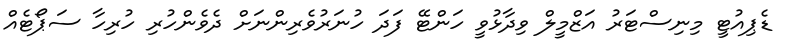
ޑެޕިއުޓީ މިނިސްޓަރު އަޒްމީލް ވިދާޅުވީ ހަންޓޭ ފަދަ ހުނަރުވެރިންނަށް ދެވެންހުރިި ހުރިހާ ސަޕޯޓެއް